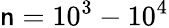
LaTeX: \mathsf{n}=10^{3}-10^{4}